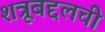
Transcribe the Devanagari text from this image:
शत्रूबद्दलची